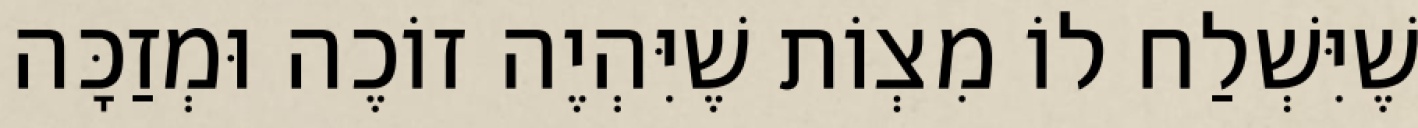
שֶׁיִּשְׁלַח לוֹ מִצְוֹת שֶׁיִּהְיֶה זוֹכֶה וּמְזַכָּה